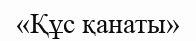
«Құс қанаты»